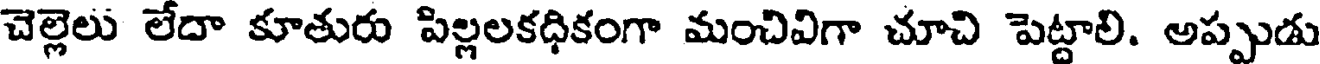
చెల్లెలు లేదా కూతురు పిల్లలకధికంగా మంచివిగా చూచి పెట్టాలి. అప్పుడు